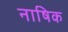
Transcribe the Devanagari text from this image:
नाषिक